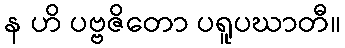
န ဟိ ပဗ္ဗဇိတော ပရူပဃာတီ။